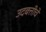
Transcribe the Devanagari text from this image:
उदबत्तीचे